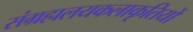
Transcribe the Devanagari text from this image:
संग्रहालयकलाकृतियों